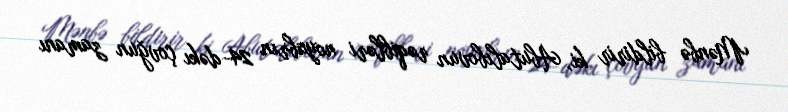
Mənbə bildirir ki, Abutalıbovun rəqibləri noyabrın 24-dəkı çovğun zamanı